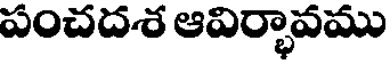
పంచదశ ఆవిర్భావము